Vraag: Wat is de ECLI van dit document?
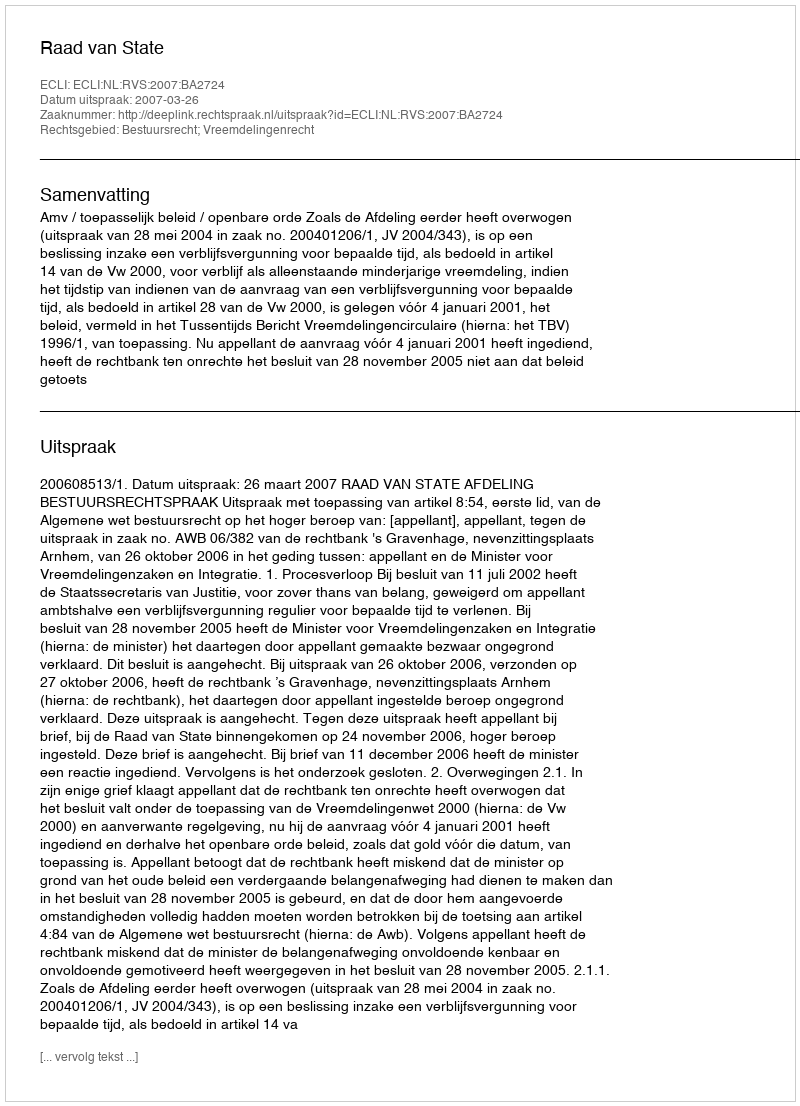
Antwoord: ECLI:NL:RVS:2007:BA2724